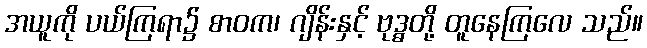
အယူကို ပယ်ကြရာ၌ စာဝက၊ ဂျိန်းနှင့် ဗုဒ္ဓတို့ တူနေကြလေ သည်။